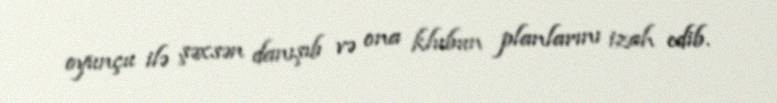
oyunçu ilə şəxsən danışıb və ona klubun planlarını izah edib.